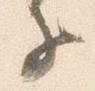
子